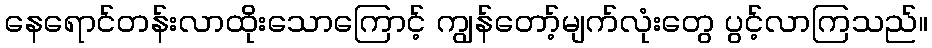
နေရောင်တန်းလာထိုးသောကြောင့် ကျွန်တော့်မျက်လုံးတွေ ပွင့်လာကြသည်။